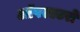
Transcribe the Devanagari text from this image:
ऑपरएटरों